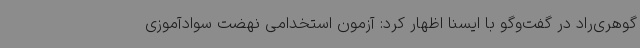
گوهری‌راد در گفت‌وگو با ایسنا اظهار کرد: آزمون استخدامی نهضت سوادآموزی